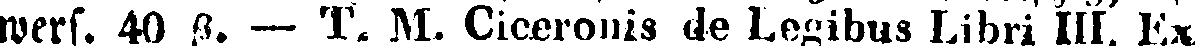
wers. 40 β. — T. M. Ciceronis de Legibus Libri III. Ex